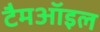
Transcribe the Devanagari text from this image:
टैमऑइल